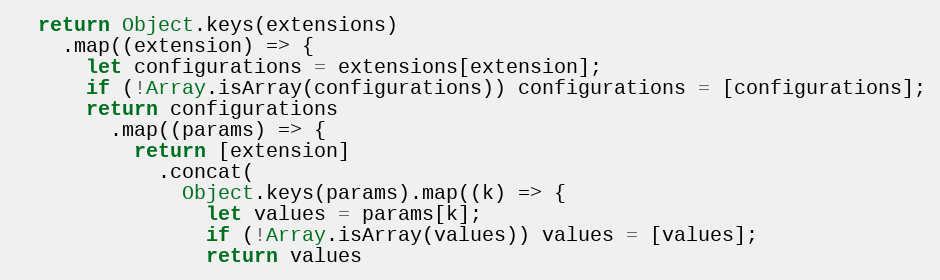
Language: JavaScript
  return Object.keys(extensions)
    .map((extension) => {
      let configurations = extensions[extension];
      if (!Array.isArray(configurations)) configurations = [configurations];
      return configurations
        .map((params) => {
          return [extension]
            .concat(
              Object.keys(params).map((k) => {
                let values = params[k];
                if (!Array.isArray(values)) values = [values];
                return values